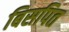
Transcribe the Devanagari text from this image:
बिसपित